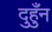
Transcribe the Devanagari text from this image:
दुहुँन